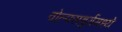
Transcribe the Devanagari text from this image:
वोल्फ्सबुर्गमध्ये